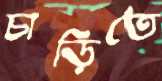
চাড়িতে